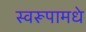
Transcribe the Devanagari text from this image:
स्वरूपामधे